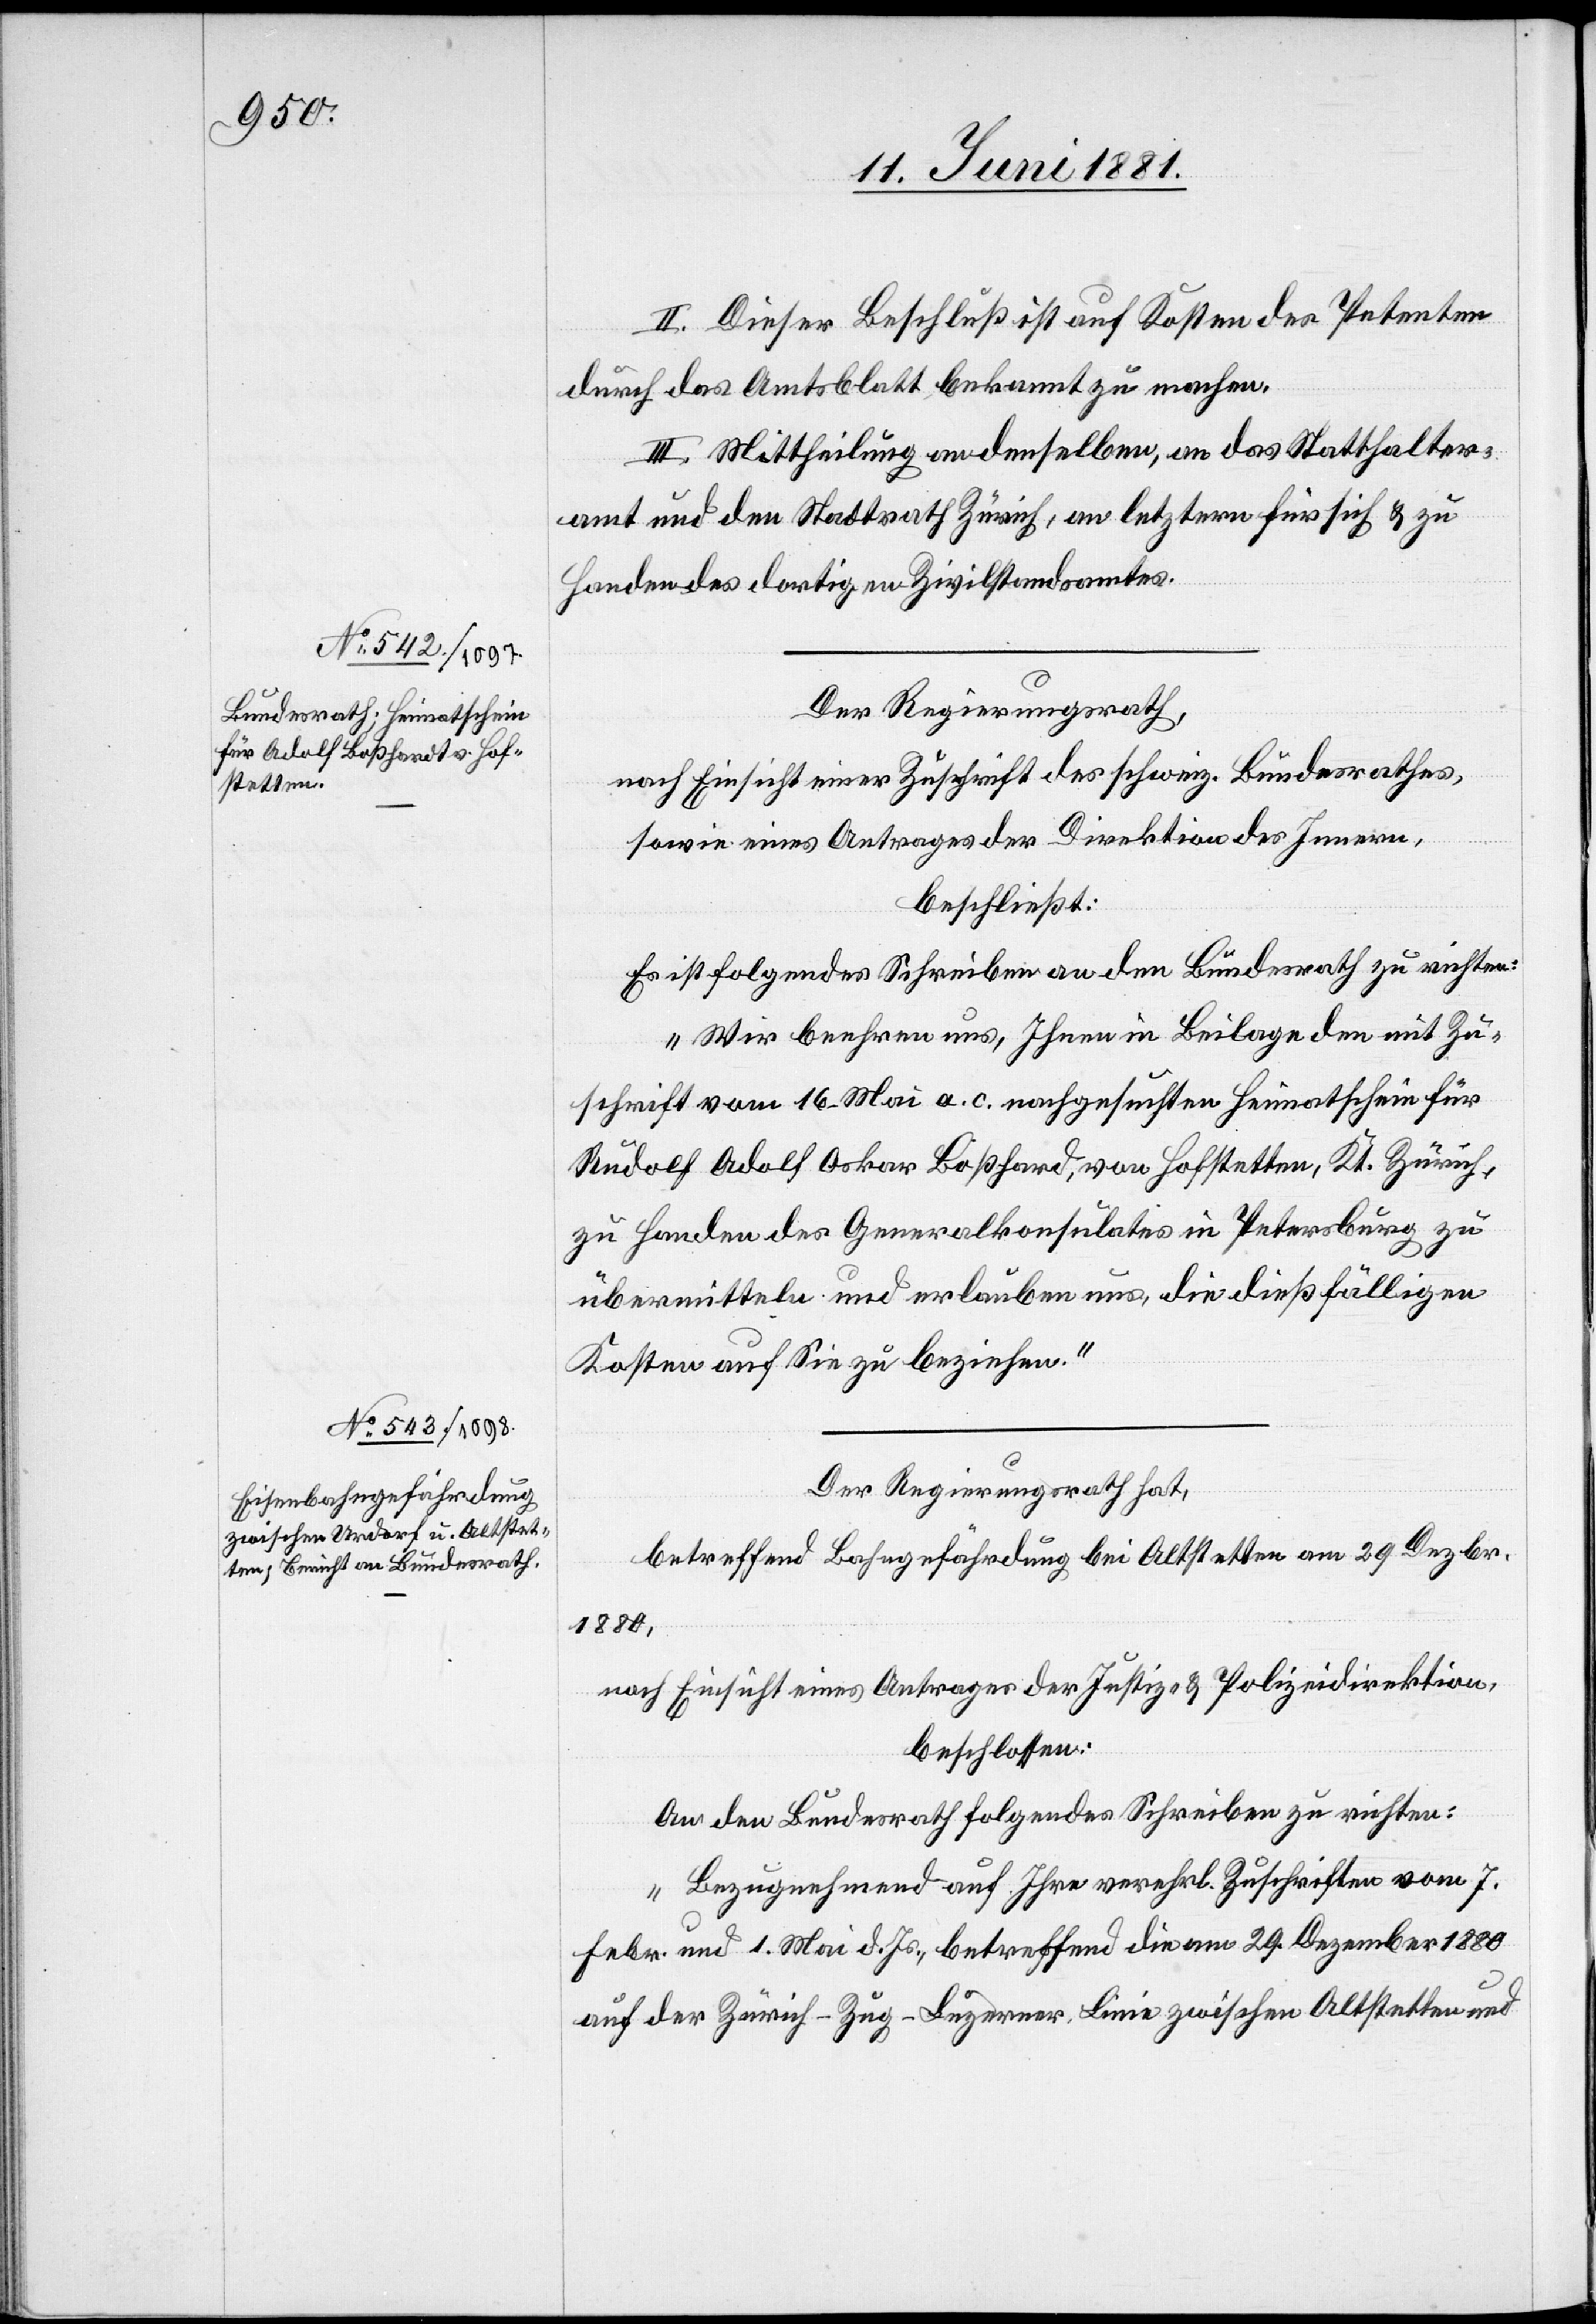
II. Dieser Beschluß ist auf Kosten des Petenten
durch das Amtsblatt bekannt zu machen.
III. Mittheilung an denselben, an das Statthalter¬
amt und den Stadtrath Zürich, an letztern für sich & zu
Handen des dortigen Zivilstandsamtes.
Der Regierungsrath,
nach Einsicht einer Zuschrift des schweiz. Bundesrathes,
sowie eines Antrages der Direktion des Innern,
beschließt:
Es ist folgendes Schreiben an den Bundesrath zu richten:
„Wir beehren uns, Ihnen in Beilage den mit Zu¬
schrift vom 16. Mai a. c. nachgesuchten Heimatschein für
Rudolf Adolf Oskar Boßhard [sic!], von Hofstetten, Kt. Zürich,
zu Handen des Generalkonsulates in Petersburg zu
übermitteln und erlauben uns, die dießfälligen
Kosten auf Sie zu beziehen.“
Der Regierungsrath hat,
betreffend Bahngefärdung bei Altstetten am 29. Dezbr.
1880,
nach Einsicht eines Antrages der Justiz- & Polizeidirektion,
beschlossen:
An den Bundesrath folgendes Schreiben zu richten:
„Bezugnehmend auf Ihre verehrl. Zuschriften vom 7.
Febr. und 1. Mai d. Js., betreffend die am 29. Dezember 1880
auf der Zürich–Zug–Luzerner-Linie zwischen Altstetten und